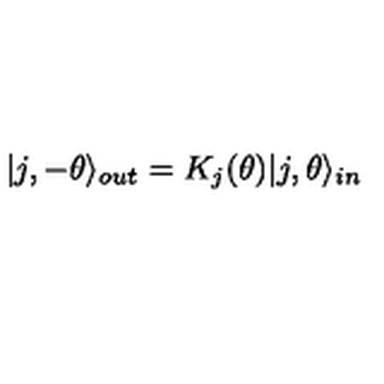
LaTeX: | j , - \theta \rangle _ { o u t } = K _ { j } ( \theta ) | j , \theta \rangle _ { i n }